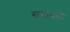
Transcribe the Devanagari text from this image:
खंगावली